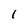
Character: l